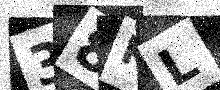
Text: 38KL